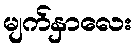
မျက်နှာလေး